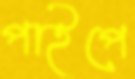
পাইপে